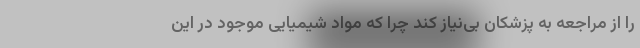
را از مراجعه به پزشکان بی‌نیاز کند چرا که مواد شیمیایی موجود در این